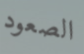
الصعود